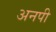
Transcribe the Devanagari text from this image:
अनपी